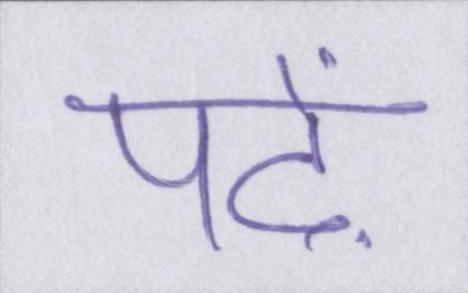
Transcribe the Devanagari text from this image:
पढ़ें